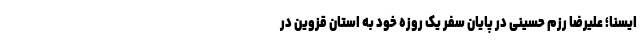
ایسنا؛ علیرضا رزم حسینی در پایان سفر یک روزه خود به استان قزوین در